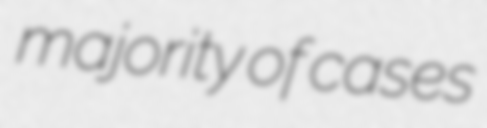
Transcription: majority of cases